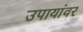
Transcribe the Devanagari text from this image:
उपायांवर